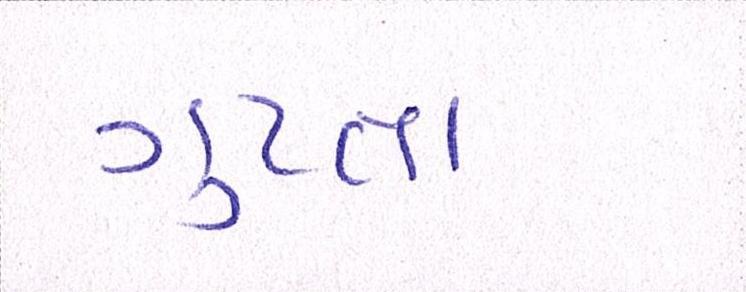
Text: ગુપ્તા